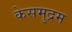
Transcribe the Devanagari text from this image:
केसमुद्रम